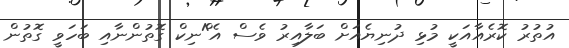
އުތުރު ކޮރެއާއަކީ މުޅި ދުނިޔެއަށް ބަލާއިރު ވެސް އެ^ްނިކް ގޮތުންނާއި ބަހަވީ ގޮތުން